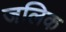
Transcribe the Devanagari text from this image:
जलिक